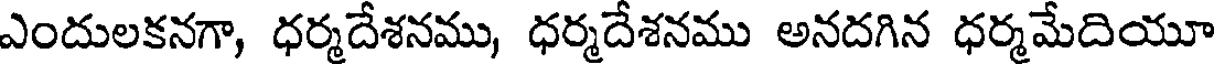
ఎందులకనగా, ధర్మదేశనము, ధర్మదేశనము అనదగిన ధర్మమేదియూ